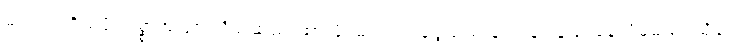
မင်းရဲ့ ကိုယ်ပိုင်ဥစ္စာအဖြစ် သိမ်းဆည်းထားဖို့၊ မင်းရတဲ့ငွေသည် နည်းချင်နည်းနေလိမ့်မယ်၊ သို့သော်